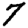
Digit: 7